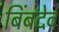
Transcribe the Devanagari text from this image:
बिंबदेव